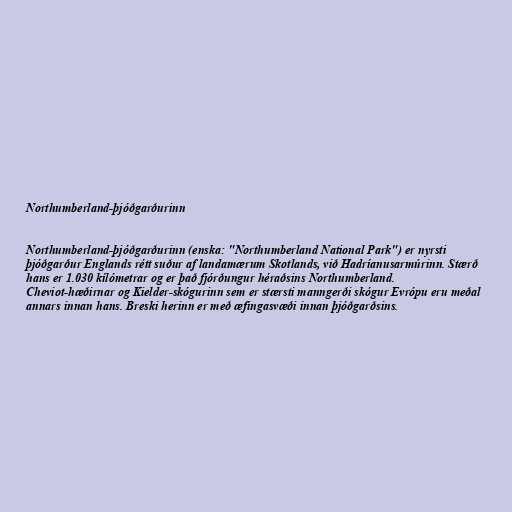
Northumberland-þjóðgarðurinn

Northumberland-þjóðgarðurinn (enska: "Northumberland National Park") er nyrsti
þjóðgarður Englands rétt suður af landamærum Skotlands, við Hadríanusarmúrinn. Stærð
hans er 1.030 kílómetrar og er það fjórðungur héraðsins Northumberland.
Cheviot-hæðirnar og Kielder-skógurinn sem er stærsti manngerði skógur Evrópu eru meðal
annars innan hans. Breski herinn er með æfingasvæði innan þjóðgarðsins.